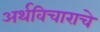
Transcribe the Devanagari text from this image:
अर्थविचाराचे